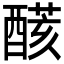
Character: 𨢟